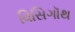
વિસિગૉથ